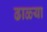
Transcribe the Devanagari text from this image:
ढाळ्या